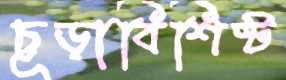
চূড়াবিশিষ্ট